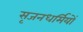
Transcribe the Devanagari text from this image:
सृजनधर्मियों